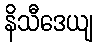
နိသီဒေယျ